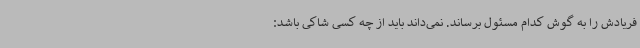
فریادش را به گوش کدام مسئول برساند. نمی‌داند باید از چه کسی شاکی باشد: